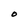
Character: O